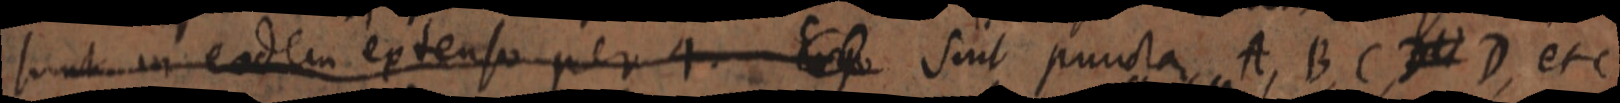
sunt in eodem extenso per 4. Ergo suit puncta A, B, C, DU D, etc